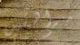
مراهقين